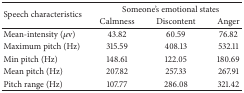
<table><thead><tr><td rowspan="2"><b>Speech characteristics</b></td><td colspan="3"><b>Someone&#x27;s emotional states </b></td></tr><tr><td><b>Calmness</b></td><td><b>Discontent</b></td><td><b>Anger</b></td></tr></thead><tbody><tr><td>Mean-intensity (<i>μ</i>v)</td><td>43.82</td><td>60.59</td><td>76.82</td></tr><tr><td>Maximum pitch (Hz)</td><td>315.59</td><td>408.13</td><td>532.11</td></tr><tr><td>Min pitch (Hz)</td><td>148.61</td><td>122.05</td><td>180.69</td></tr><tr><td>Mean pitch (Hz)</td><td>207.82</td><td>257.33</td><td>267.91</td></tr><tr><td>Pitch range (Hz)</td><td>107.77</td><td>286.08</td><td>321.42</td></tr></tbody></table>